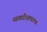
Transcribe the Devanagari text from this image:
व्यक्तीप्रामाण्य